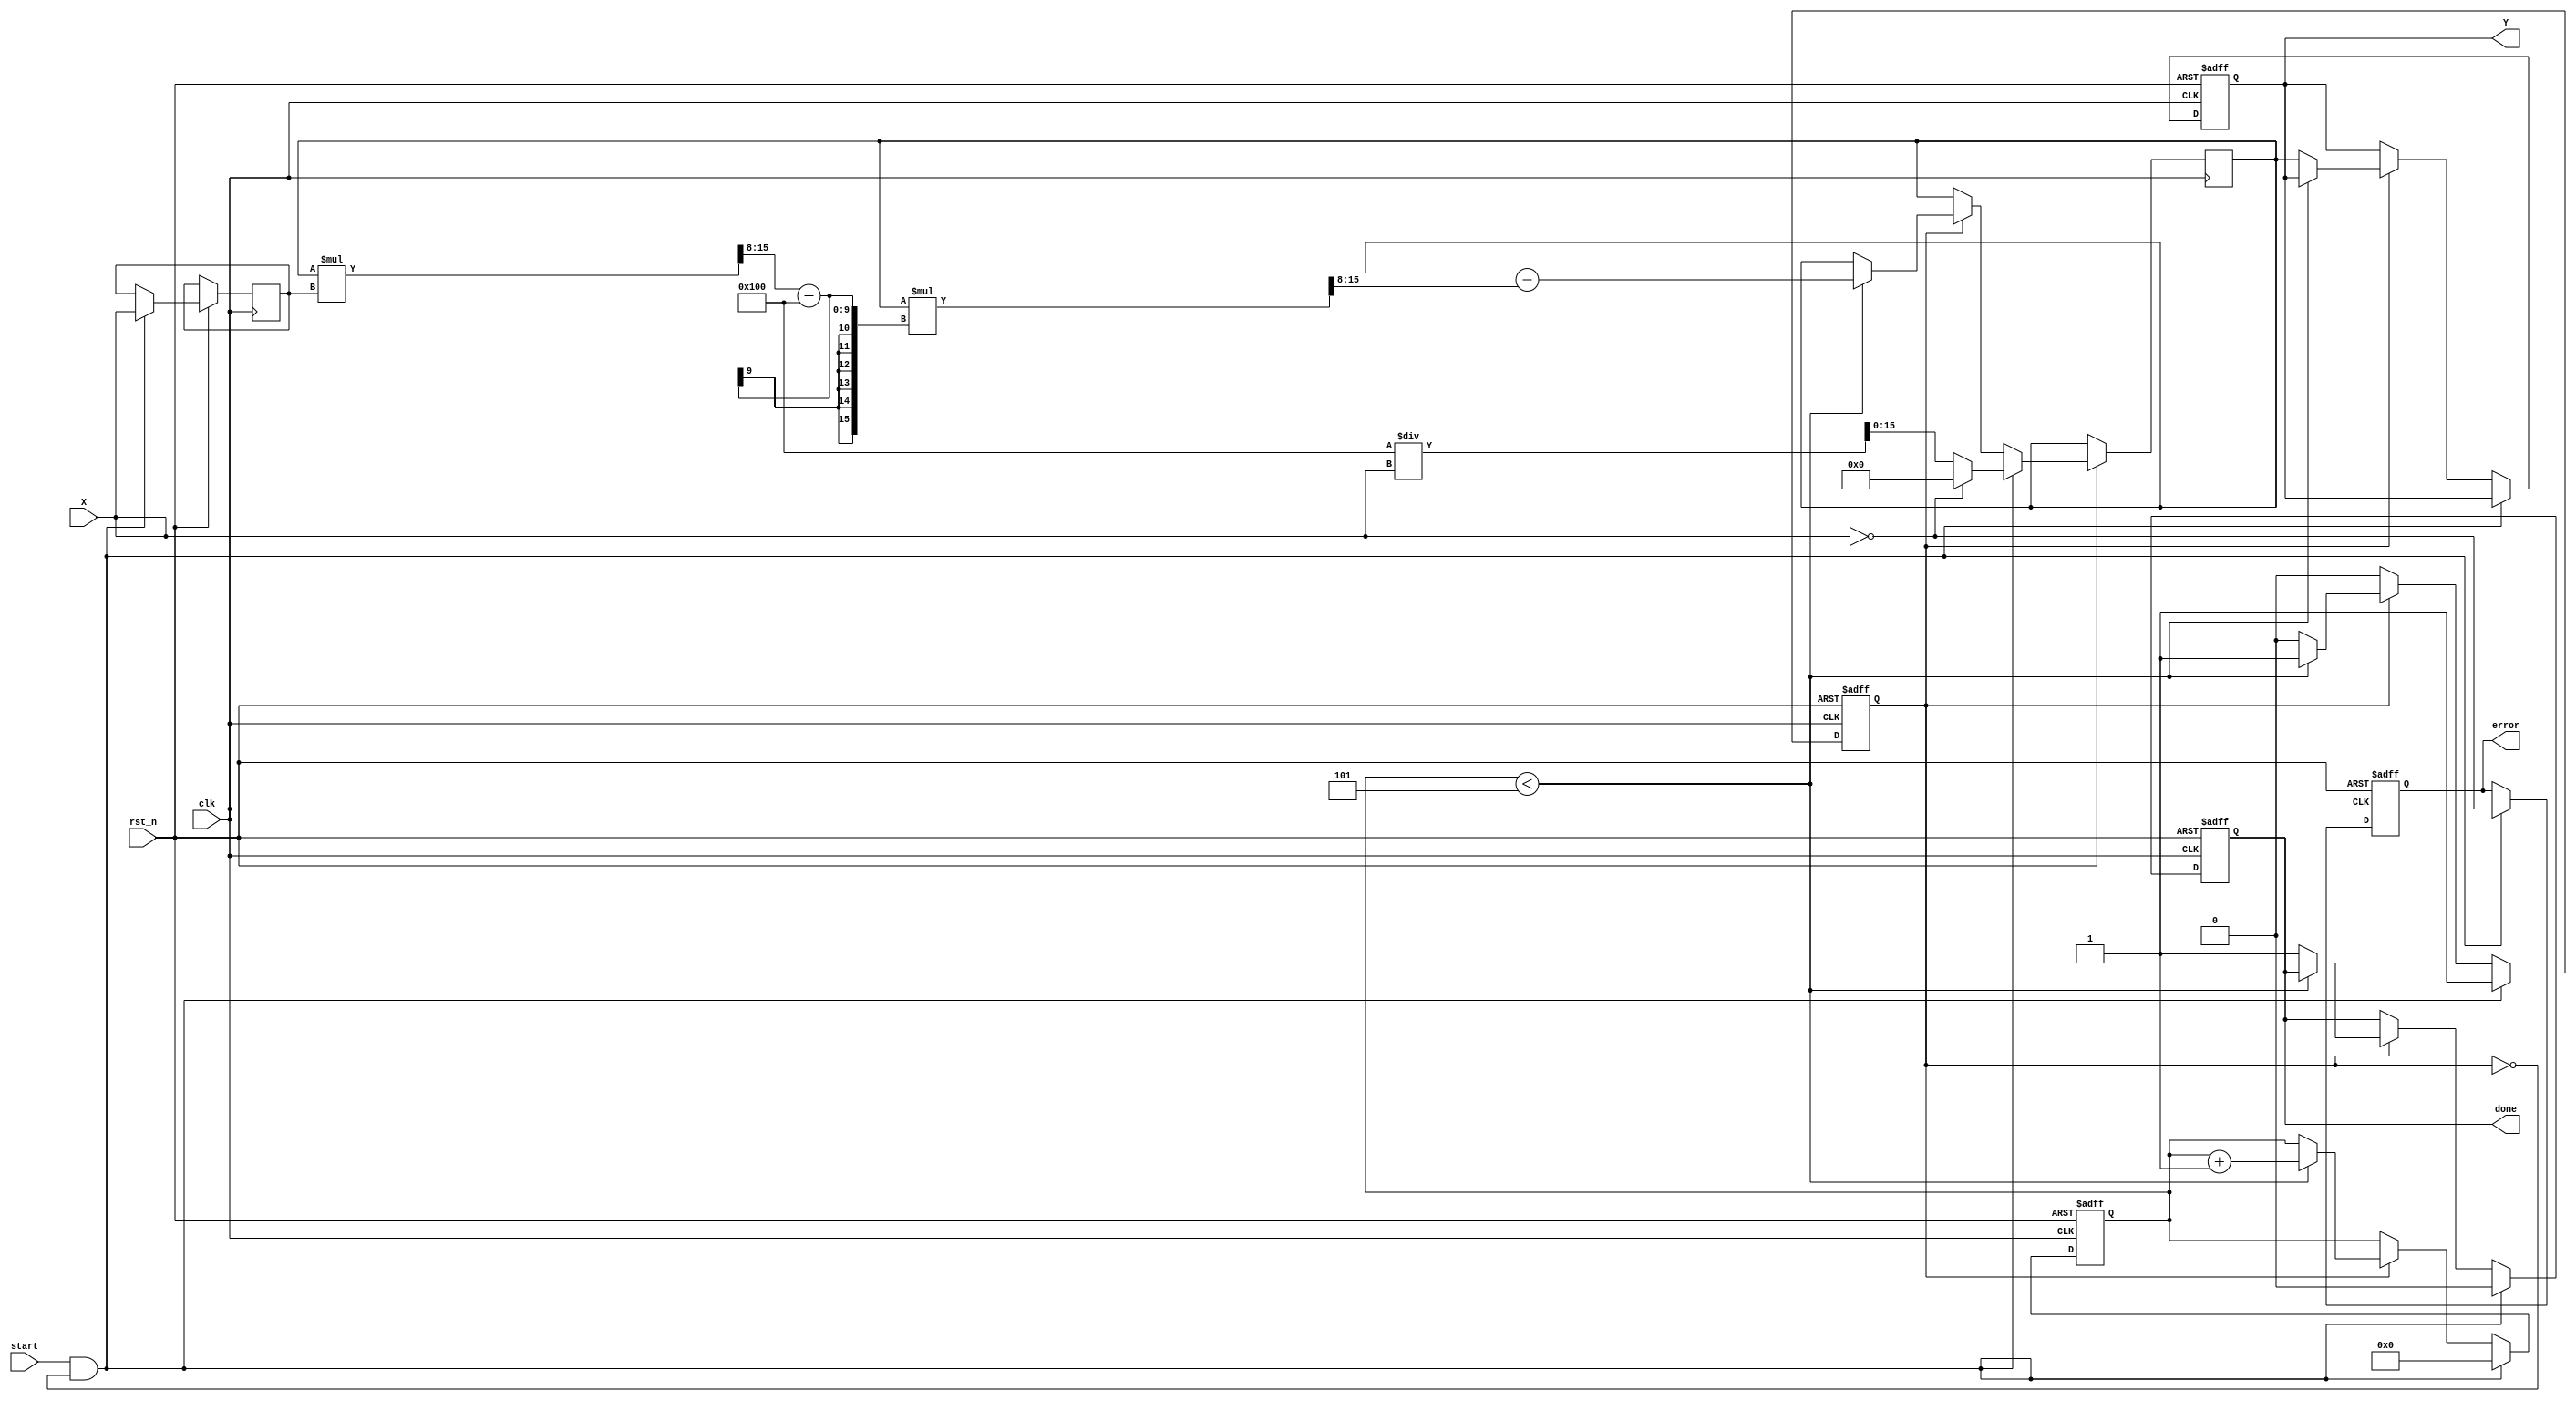
module fixed_point_reciprocal #(
    parameter N = 16,          // Bit-width of input X
    parameter M = 16,          // Bit-width of output Y
    parameter FRACTIONAL_BITS = 8, // Number of fractional bits
    parameter MAX_ITERATIONS = 5 // Number of iterations for Newton-Raphson
)(
    input wire clk,            // Clock signal
    input wire rst_n,          // Active low reset
    input wire [N-1:0] X,      // Input fixed-point number
    input wire start,          // Start signal for computation
    output reg [M-1:0] Y,      // Output fixed-point reciprocal
    output reg done,           // Done signal indicating completion
    output reg error           // Error signal for invalid input
);

    reg [N-1:0] x_reg;
    reg [M-1:0] guess;
    reg [3:0] iteration_count;
    reg computing;

    // Initial guess for the reciprocal
    function [M-1:0] initial_guess(input [N-1:0] x);
        begin
            if (x == 0) begin
                initial_guess = {M{1'b0}}; // Return 0 for zero input
            end else begin
                initial_guess = (1 << (M - FRACTIONAL_BITS)) / x; // Simple fixed-point approximation
            end
        end
    endfunction

    // Fixed-point multiplication
    function [M-1:0] fixed_point_mult(input [M-1:0] a, input [N-1:0] b);
        begin
            fixed_point_mult = (a * b) >> FRACTIONAL_BITS; // Adjust for fractional bits
        end
    endfunction

    always @(posedge clk or negedge rst_n) begin
        if (!rst_n) begin
            Y <= 0;
            done <= 0;
            error <= 0;
            iteration_count <= 0;
            computing <= 0;
        end else if (start && !computing) begin
            // Start computation
            x_reg <= X;
            guess <= initial_guess(X);
            iteration_count <= 0;
            done <= 0;
            error <= (X == 0); // Set error if input is zero
            computing <= 1;
        end else if (computing) begin
            if (iteration_count < MAX_ITERATIONS) begin
                // Newton-Raphson iteration
                guess <= guess - fixed_point_mult(guess, fixed_point_mult(guess, x_reg) - (1 << FRACTIONAL_BITS));
                iteration_count <= iteration_count + 1;
            end else begin
                // Finished computation
                Y <= guess;
                done <= 1;
                computing <= 0;
            end
        end
    end

endmodule